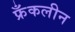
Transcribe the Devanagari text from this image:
फ्रँकलीन